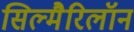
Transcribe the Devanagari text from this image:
सिल्मैरिलॉन